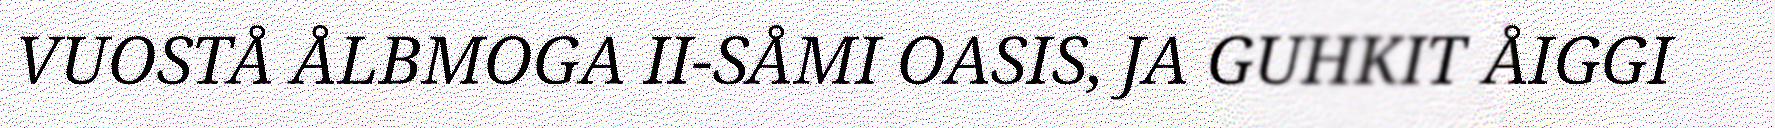
VUOSTÅ ÅLBMOGA II-SÅMI OASIS, JA GUHKIT ÅIGGI